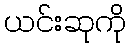
ယင်းဆုကို